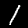
Label: 1